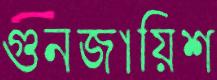
গুনজায়িশ